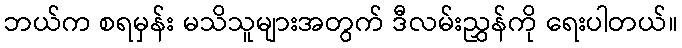
ဘယ်က စရမှန်း မသိသူများအတွက် ဒီလမ်းညွှန်ကို ရေးပါတယ်။